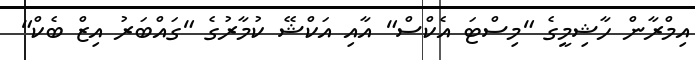
އިމްރާން ހާޝިމީގެ "މިސްޓަ އެކްސް" އާއި އަކްޝޭ ކުމާރުގެ "ގައްބަރު އިޒް ބެކް"